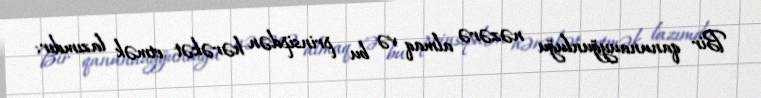
Bir qanunauyğunluğu nəzərə almaq və bu prinsipdən hərəkət etmək lazımdır: